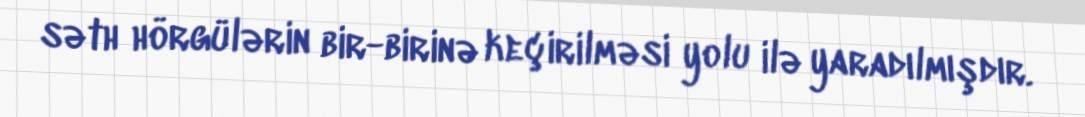
səth hörgülərin bir-birinə keçirilməsi yolu ilə yaradılmışdır.